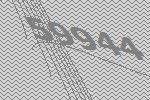
59944